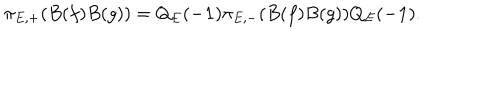
\pi _ { E , + } ( B ( f ) B ( g ) ) = Q _ { E } ( - { \bf 1 } ) \pi _ { E , - } ( B ( f ) B ( g ) ) Q _ { E } ( - { \bf 1 } ) .